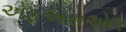
એફએસએલ